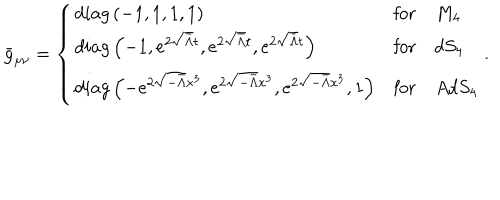
\bar { g } _ { \mu \nu } = \left\{ \begin{array} { l l l } { { d i a g \left( - 1 , 1 , 1 , 1 \right) } } & { { \mathrm { f o r } } } & { { M _ { 4 } } } \\ { { d i a g \left( - 1 , e ^ { 2 \sqrt { \bar { \Lambda } } t } , e ^ { 2 \sqrt { \bar { \Lambda } } t } , e ^ { 2 \sqrt { \bar { \Lambda } } t } \right) } } & { { \mathrm { f o r } } } & { { d S _ { 4 } } } \\ { { d i a g \left( - e ^ { 2 \sqrt { - \bar { \Lambda } } x ^ { 3 } } , e ^ { 2 \sqrt { - \bar { \Lambda } } x ^ { 3 } } , e ^ { 2 \sqrt { - \bar { \Lambda } } x ^ { 3 } } , 1 \right) } } & { { \mathrm { f o r } } } & { { A d S _ { 4 } } } \\ \end{array} \right. .